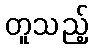
တူသည့်